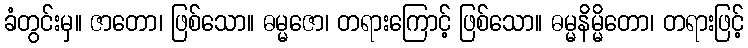
ခံတွင်းမှ။ ဇာတော၊ ဖြစ်သော။ ဓမ္မဇော၊ တရားကြောင့် ဖြစ်သော။ ဓမ္မနိမ္မိတော၊ တရားဖြင့်